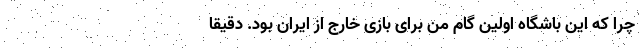
چرا که این باشگاه اولین گام من برای بازی خارج از ایران بود. دقیقاً